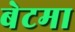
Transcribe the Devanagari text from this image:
बेटमा